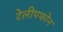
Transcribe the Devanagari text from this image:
टेलीपफोन